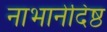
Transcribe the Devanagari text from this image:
नाभानेदिष्ठ